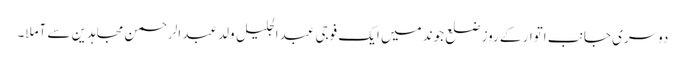
دوسری جانب اتوار کے روز ضلع جوند میں ایک فوجی عبد الجلیل ولد عبد الرحمن مجاہدین سے آملا۔